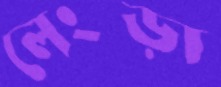
লেংড়া